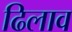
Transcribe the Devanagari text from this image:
ढिलाव